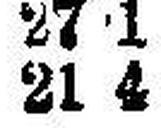
21 4